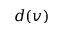
d ( v )